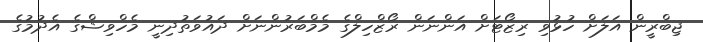
ޖިބްރީން އަލަށް ހުޅުވި ރިޒޯޓަށް އަންނަން ރޯޒްހިލްގެ މެމްބަރުންނަށް ދައުވަތުދިނީ މެހްވިޝްގެ އެދުމުގެ